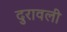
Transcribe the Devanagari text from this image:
दुरावली